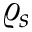
\varrho _ { s }